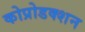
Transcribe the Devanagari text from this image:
कोप्रोडक्शन